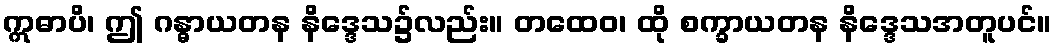
ဣဓာပိ၊ ဤ ဂန္ဓာယတန နိဒ္ဒေသ၌လည်း။ တထေဝ၊ ထို စက္ခာယတန နိဒ္ဒေသအတူပင်။